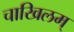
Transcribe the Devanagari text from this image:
चाखिलम्‌